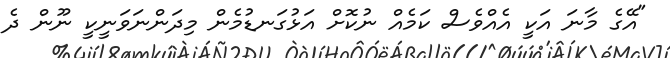
"އޭގެ މާނަ އަކީ އެއްވެސް ކަމެއް ނުކޮށް އަޅުގަނޑުމެން މިދަންނަވަނީކީ ނޫން ދެ